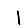
Digit: 1